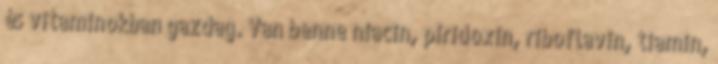
és vitaminokban gazdag. Van benne niacin, piridoxin, riboflavin, tiamin,